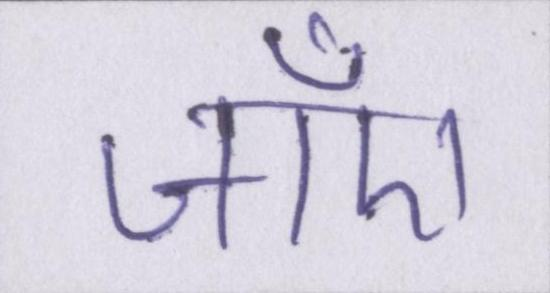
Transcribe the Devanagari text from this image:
जाँए